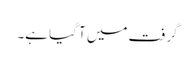
گرفت میں آ گیا ہے۔